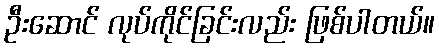
ဦးဆောင် လုပ်ကိုင်ခြင်းလည်း ဖြစ်ပါတယ်။